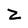
Character: Z